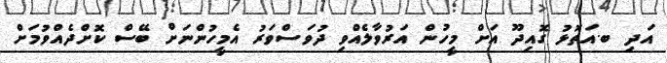
އަދި ބ.އަތޮޅު ގޮއިދޫ އަށް މީހުން އަރުވާލެއްވި ދުވަސްވަރު އެމީހުންނަށް ބޭސް ކޮށްދެއްވުމަށް